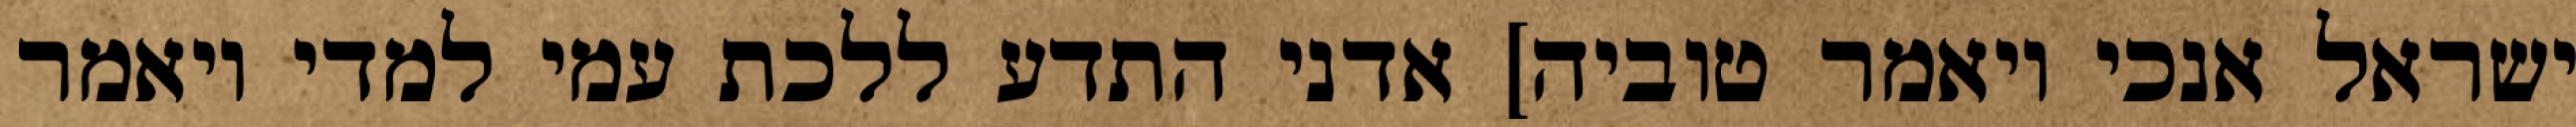
ישראל אנכי ויאמר טוביה] אדני התדע ללכת עמי למדי ויאמר